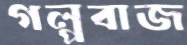
গল্পবাজ